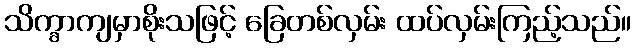
သိက္ခာကျမှာစိုးသဖြင့် ခြေတစ်လှမ်း ထပ်လှမ်းကြည့်သည်။